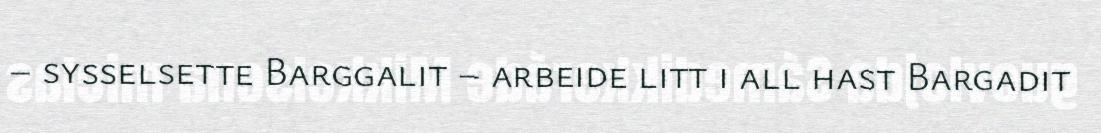
– sysselsette Barggalit – arbeide litt i all hast Bargadit